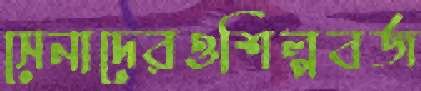
সেনাদেরওশিল্পবর্জ